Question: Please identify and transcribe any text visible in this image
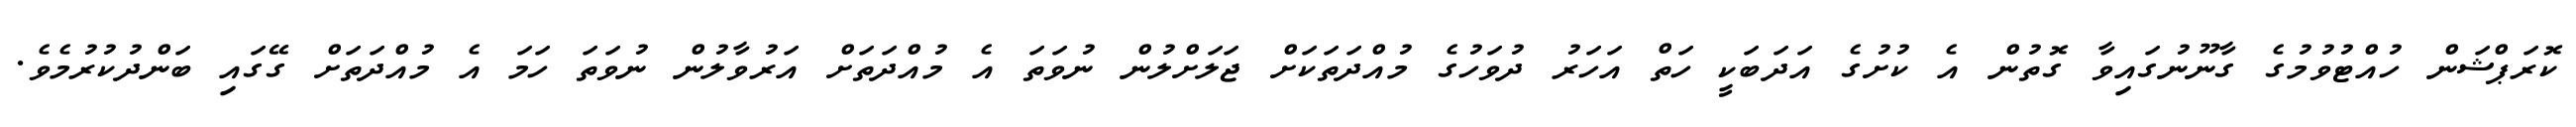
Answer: ކޮރަޕްޝަން ހުއްޓުވުމުގެ ގާނޫނުގައިވާ ގޮތުން އެ ކުށުގެ އަދަބަކީ ހަތް އަހަރު ދުވަހުގެ މުއްދަތަކަށް ޖަލަށްލުން ނުވަތަ އެ މުއްދަތަށް އަރުވާލުން ނުވަތަ ހަމަ އެ މުއްދަތަށް ގޭގައި ބަންދުކުރުމެވެ.